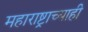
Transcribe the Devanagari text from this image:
महाराष्ट्राच्याही